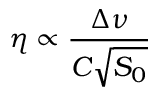
\eta \propto \frac { \Delta \nu } { C \sqrt { S _ { 0 } } }